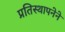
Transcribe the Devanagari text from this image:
प्रतिस्थापनेने